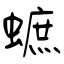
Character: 蟅